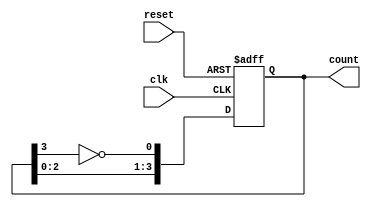
module johnson_counter #(
    parameter WIDTH = 4  // Parameter for the bit width of the counter (must be even)
)(
    input wire clk,       // Clock signal
    input wire reset,     // Asynchronous reset signal
    output reg [WIDTH-1:0] count // Output representing the current state
);

// Ensure the WIDTH parameter is even
initial begin
    if (WIDTH % 2 != 0) begin
        $error("WIDTH must be an even number.");
        $finish;
    end
end

// Always block to implement the Johnson counter logic
always @(posedge clk or posedge reset) begin
    if (reset) begin
        count <= 0; // Reset the counter to 0
    end else begin
        // Johnson counter logic: Shift and invert the last bit to the first bit
        count <= {count[WIDTH-2:0], ~count[WIDTH-1]};
    end
end

endmodule